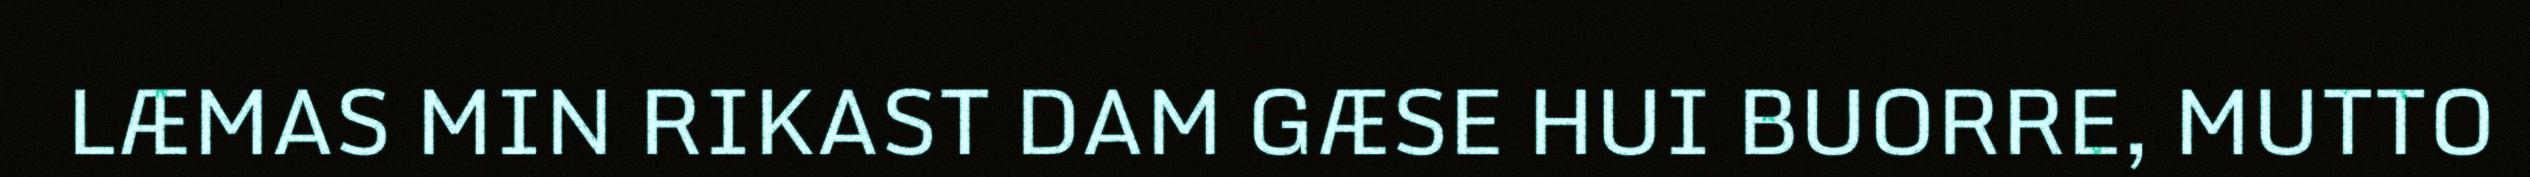
LÆMAS MIN RIKAST DAM GÆSE HUI BUORRE, MUTTO